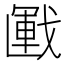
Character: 𢧰